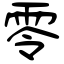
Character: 零